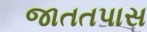
જાતતપાસ